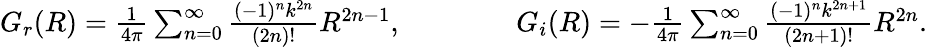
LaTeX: \begin{array}{r}{G_{r}(R)=\frac{1}{4\pi}\sum_{n=0}^{\infty}\frac{(-1)^{n}k^{2n}}{(2n)!}R^{2n-1},\qquad\qquad G_{i}(R)=-\frac{1}{4\pi}\sum_{n=0}^{\infty}\frac{(-1)^{n}k^{2n+1}}{(2n+1)!}R^{2n}.}\end{array}